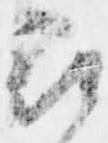
被